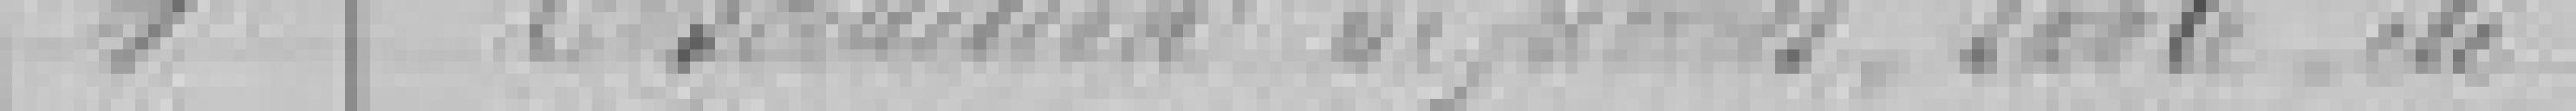
Entretien de ???, ??? etc...